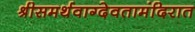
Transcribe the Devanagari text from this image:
श्रीसमर्थवाग्देवतामंदिरात